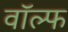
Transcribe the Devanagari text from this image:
वॉल्फ